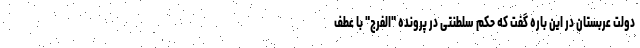
دولت عربستان در این باره گفت که حکم سلطنتی در پرونده "الفرج" با عطف